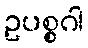
ဥပစ္စဂါ